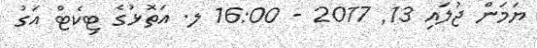
ޔަމަން ޖުލައި 13